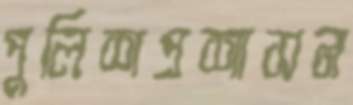
পুলিশপ্রশাসন